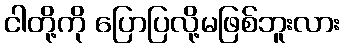
ငါတို့ကို ပြောပြလို့မဖြစ်ဘူးလား